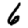
Digit: 6